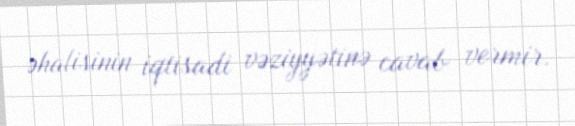
əhalisinin iqtisadi vəziyyətinə cavab vermir.